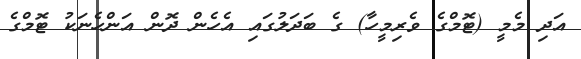
އަދި މެމީ (ޓޮމްގެ ވެރިމީހާ) ގެ ބަދަލުގައި އެހެން ދޮން އަންހެނަކު ޓޮމްގެ